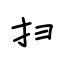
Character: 扫